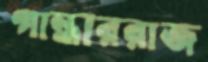
গান্ধাররাজ